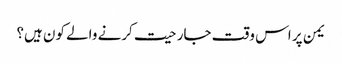
یمن پر اس وقت جارحیت کرنے والے کون ہیں؟